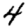
Digit: 4